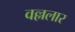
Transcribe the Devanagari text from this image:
वल्ललार